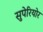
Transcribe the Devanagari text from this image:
सुपेरियोर